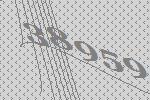
38959